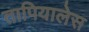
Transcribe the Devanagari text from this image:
तापियालेस